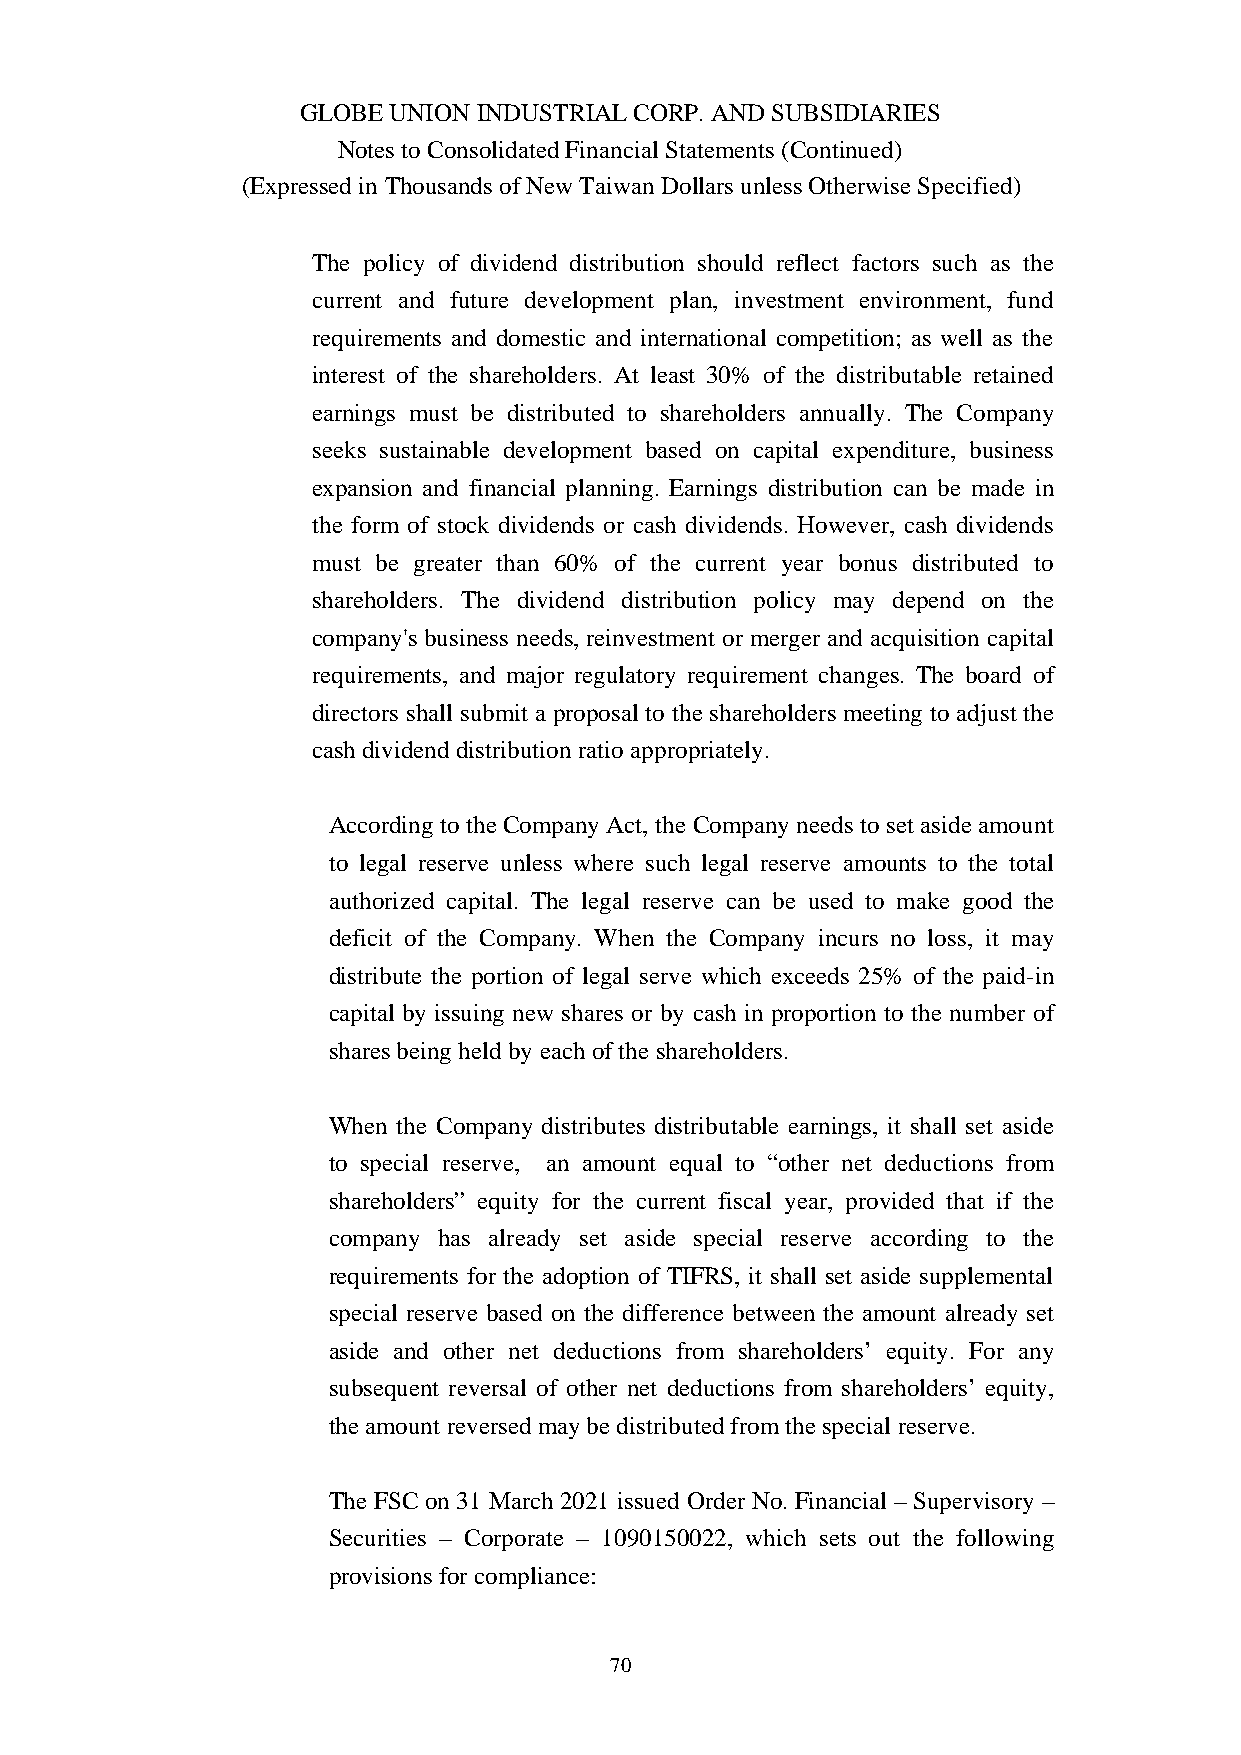
GLOBE UNION INDUSTRIAL CORP. AND SUBSIDIARIES
 Notes to Consolidated Financial Statements (Continued)
 (Expressed in Thousands of New Taiwan Dollars unless Otherwise Specified)
 The policy of dividend distribution should reflect factors such as the
 current and future development plan, investment environment, fund
 requirements and domestic and international competition; as well as the
 interest of the shareholders. At least 30% of the distributable retained
 earnings must be distributed to shareholders annually. The Company
 seeks sustainable development based on capital expenditure, business
 expansion and financial planning. Earnings distribution can be made in
 the form of stock dividends or cash dividends. However, cash dividends
 must be greater than 60% of the current year bonus distributed to
 shareholders. The dividend distribution policy may depend on the
 company's business needs, reinvestment or merger and acquisition capital
 requirements, and major regulatory requirement changes. The board of
 directors shall submit a proposal to the shareholders meeting to adjust the
 cash dividend distribution ratio appropriately.
 According to the Company Act, the Company needs to set aside amount
 to legal reserve unless where such legal reserve amounts to the total
 authorized capital. The legal reserve can be used to make good the
 deficit of the Company. When the Company incurs no loss, it may
 distribute the portion of legal serve which exceeds 25% of the paid-in
 capital by issuing new shares or by cash in proportion to the number of
 shares being held by each of the shareholders.
 When the Company distributes distributable earnings, it shall set aside
 to special reserve, an amount equal to “other net deductions from
 shareholders” equity for the current fiscal year, provided that if the
 company has already set aside special reserve according to the
 requirements for the adoption of TIFRS, it shall set aside supplemental
 special reserve based on the difference between the amount already set
 aside and other net deductions from shareholders’ equity. For any
 subsequent reversal of other net deductions from shareholders’ equity,
 the amount reversed may be distributed from the special reserve.
 The FSC on 31 March 2021 issued Order No. Financial – Supervisory –
 Securities – Corporate – 1090150022, which sets out the following
 provisions for compliance:
 70